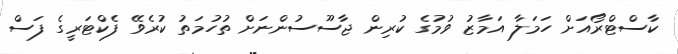
ކާސްޓްރޯއަށް ހަމަލާ އަމާޒު ވުމުގެ ކުރިން ޖާސޫސުންނަށް ތުހުމަތު ކުރެވޭ ފެކްޓަރީގެ ފަސް